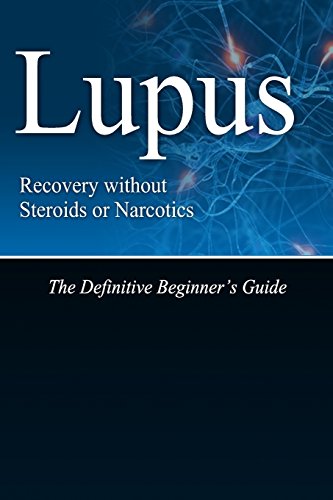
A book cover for Lupus Recovery without Steroids or Narcotics: The Definitive Beginner's Guide; NaturalCure Press; Health, Fitness & Dieting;